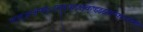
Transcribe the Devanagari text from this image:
स्द्स्द्आअ॑फ्ङ्ः़फ्ट्ट्ड़्फ्ड्क्ष्ड्क्ष्झ्झ्झ्क्ष्फ्॰फ्फ्ङ्